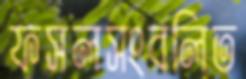
ফসলসংবলিত